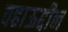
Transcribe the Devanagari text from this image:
वहाऊद्दीन